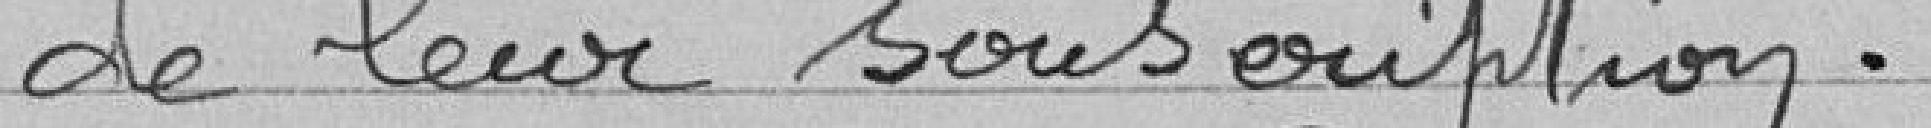
de leur souscription.